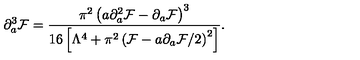
\partial _ { a } ^ { 3 } { \cal F } = { \frac { \pi ^ { 2 } \left( a \partial _ { a } ^ { 2 } { \cal F } - \partial _ { a } { \cal F } \right) ^ { 3 } } { 1 6 \left[ { \Lambda ^ { 4 } } + \pi ^ { 2 } \left( { \cal F } - { a } \partial _ { a } { \cal F } / 2 \right) ^ { 2 } \right] } } .